Civil Veterinary Dept. Bombay admin report 1932-41 - 1932-1941
Year: 1932
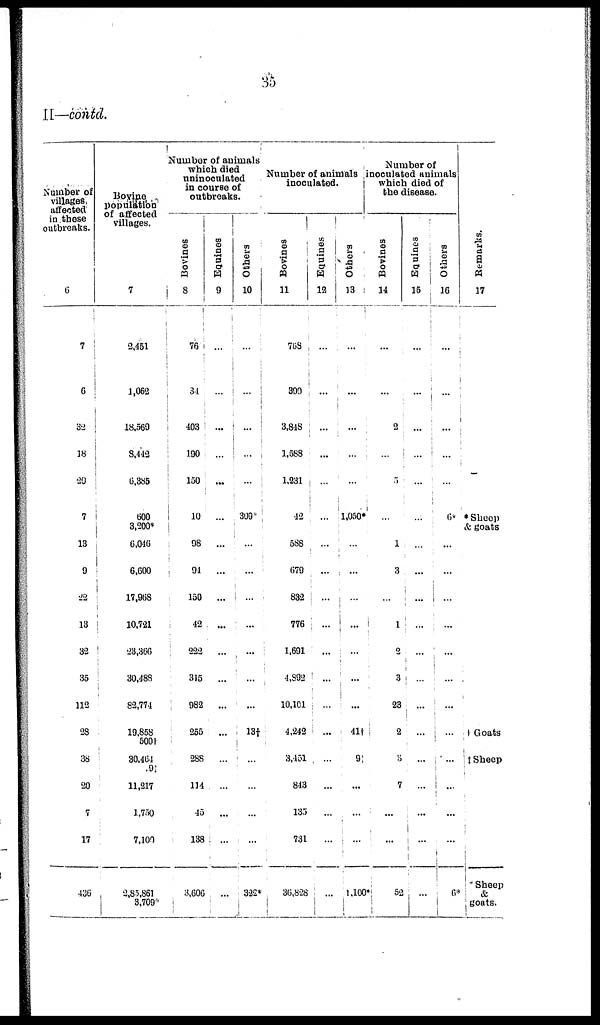
35
II—contd.
Number of
villages
affected
in those
outbreaks.
6
7
6
32
18
20
7
13
9
22
13
32
35
112
28
38
20
7
17
436
Bovine
population
of affected
villages.
7
2,451
1,062
18,569
8,442
6,385
600
3,200
6,040
6,600
17,968
10,721
23,366
30,488
82,774
19,858
5001
30,464
91
11,217
1,750
7,109
2,85,861
3,709
Number of animals
which died
uninoculated
in course of
outbreaks.
Bovines
8
76
34
403
190
130
10
98
91
150
42
222
315
982
255
288
114
42
138
3,600
Equities
9
...
...
...
...
...
...
...
...
...
...
...
...
...
...
...
...
...
...
...
Others
10
...
...
...
...
...
309
...
...
...
...
...
...
...
134
...
...
...
...
322
Number of animals
inoculated.
Bovines
11
768
399
3,848
1,588
1,231
42
588
679
832
776
1,691
4,392
10,101
4,242
3,451
843
135
731
36,828
Equities
12
...
...
...
...
...
...
...
...
...
...
...
...
...
...
...
...
...
...
...
Others
13
...
...
...
...
...
1,050
...
...
...
...
...
...
...
410
9
...
...
...
1,10
Number of
inoculated animals
which died of
the disease.
Bovines
14
...
...
2
...
5
...
1
3
...
...
2
3
23
2
...
7
...
...
52
Equines
15
...
...
...
...
...
...
...
...
...
...
...
...
...
...
...
...
...
...
...
Others
16
...
...
...
...
...
6*
...
...
...
...
...
...
...
...
...
...
...
...
6*
Remarks.
17
*Sheep
& goats
Goats
Sheep
Sheep
&
goats.